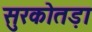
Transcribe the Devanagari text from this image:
सुरकोतड़ा